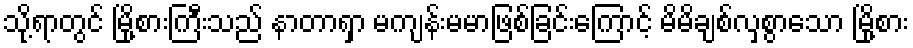
သို့ရာတွင် မြို့စားကြီးသည် နာတာရှာ မကျန်းမမာဖြစ်ခြင်းကြောင့် မိမိချစ်လှစွာသော မြို့စား